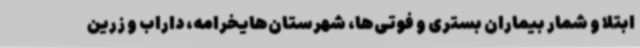
ابتلا و شمار بیماران بستری و فوتی‌ها، شهرستان‌هایخرامه، داراب و زرین